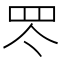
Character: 罖